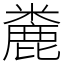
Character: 麊